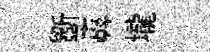
斵纛壠